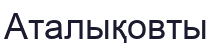
Аталықовты